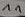
Text: 11